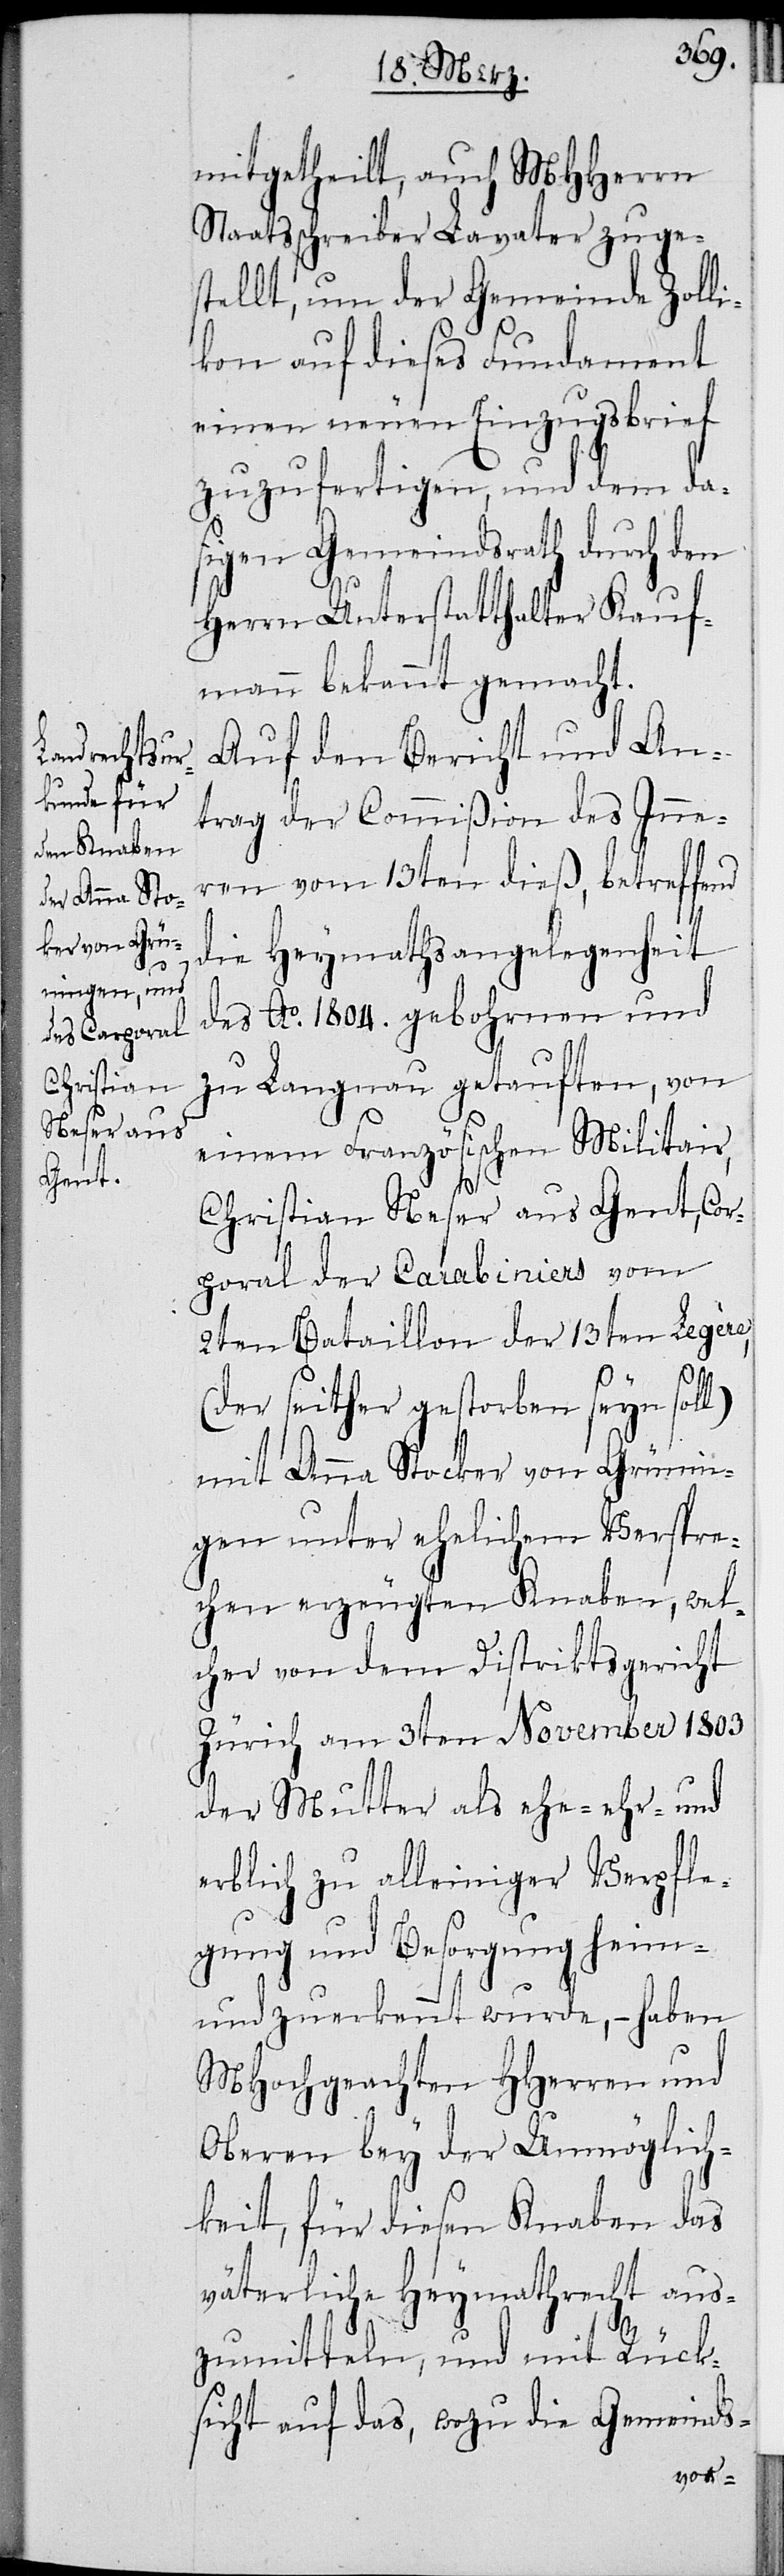
mitgetheilt, auch MHHerrn
Staatsschreiber Lavater zuge¬
stellt, um der Gemeinde Zolli¬
kon auf dieses Fundament
einen neuen Einzugsbrief
zuzufertigen, und dem das¬
igen Gemeindsrath durch den
Herrn Unterstatthalter Kauf¬
mann bekannt gemacht.
Auf Bericht und An¬
trag der Commißion des Inne¬
ren vom 13ten dieß, betreffend
die Heymathsangelegenheit
des Ao. 1804. gebohrnen und
zu Langnau getauften, von
einem Französischen Militair,
Christian Neser aus Gent, Cor¬
poral der Carabiniers vom
2ten Bataillon der 13ten Legère,
(der seither gestorben seyn soll)
mit Anna Stocker von Grünin¬
gen unter ehelichem Verspre¬
chen erzeugten Knaben, wel¬
cher von dem Distriktsgericht
Zürich am 3ten November 1803
der Mutter als ehe-[,] ehr- und
erblich zu alleiniger Verpfle¬
gung und Besorgung heim-
und zuerkannt wurde, – haben
MHochgeachten MHerren und
Oberen bey der Unmöglich¬
keit, für diesen Knaben das
väterliche Heymathrecht aus¬
zumitteln, und mit Rück¬
sicht auf das, wozu die Gemeinds-